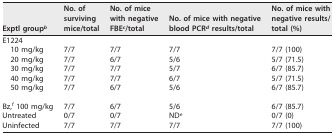
<table><thead><tr><td><b>Exptl group<sup><i>b</i></sup></b></td><td><b>No. of surviving mice/total</b></td><td><b>No. of mice with negative FBE<sup><i>c</i></sup>/total</b></td><td><b>No. of mice with negative blood PCR<sup><i>d</i></sup> results/total</b></td><td><b>No. of mice with negative results/total (%)</b></td></tr></thead><tbody><tr><td>E1224</td><td></td><td></td><td></td><td></td></tr><tr><td>10 mg/kg</td><td>7/7</td><td>7/7</td><td>7/7</td><td>7/7 (100)</td></tr><tr><td>20 mg/kg</td><td>7/7</td><td>6/7</td><td>5/6</td><td>5/7 (71.5)</td></tr><tr><td>30 mg/kg</td><td>7/7</td><td>7/7</td><td>5/7</td><td>6/7 (85.7)</td></tr><tr><td>40 mg/kg</td><td>7/7</td><td>7/7</td><td>6/7</td><td>5/7 (71.5)</td></tr><tr><td>50 mg/kg</td><td>7/7</td><td>6/7</td><td>5/6</td><td>6/7 (85.7)</td></tr><tr><td>Bz,<sup><i>f</i></sup> 100 mg/kg</td><td>7/7</td><td>6/7</td><td>5/6</td><td>6/7 (85.7)</td></tr><tr><td>Untreated</td><td>0/7</td><td>0/7</td><td>ND<sup><i>e</i></sup></td><td>0/7 (0)</td></tr><tr><td>Uninfected</td><td>7/7</td><td>7/7</td><td>7/7</td><td>7/7 (100)</td></tr></tbody></table>